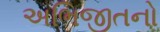
અભિજીતનો